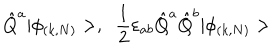
\hat { Q } ^ { a } | \phi _ { ( k , N ) } > , \; \; \frac { 1 } { 2 } \varepsilon _ { a b } \hat { Q } ^ { a } \hat { Q } ^ { b } | \phi _ { ( k , N ) } >